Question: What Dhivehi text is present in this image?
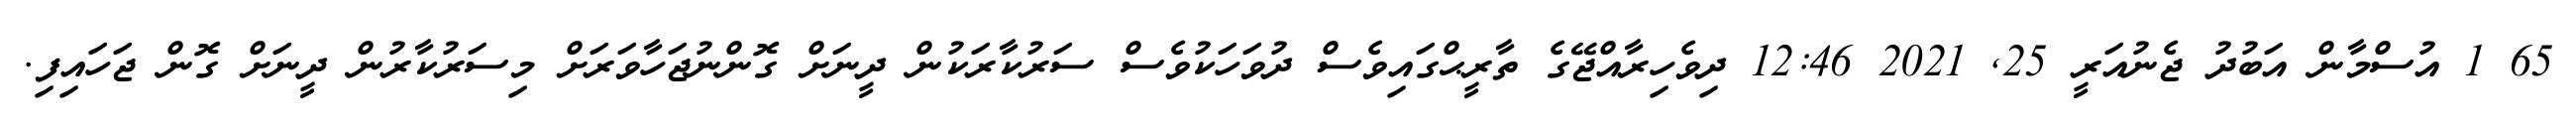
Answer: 65 1 އުސްމާން އަބުދު ޖެނުއަރީ 25, 2021 12:46 ދިވެހިރާއްޖޭގެ ތާރީޙްގައިވެސް ދުވަހަކުވެސް ސަރުކާރަކުން ދީނަށް ގޮންނުޖަހާވަރަށް މިސަރުކާރުން ދީނަށް ގޮން ޖަހައިފި.